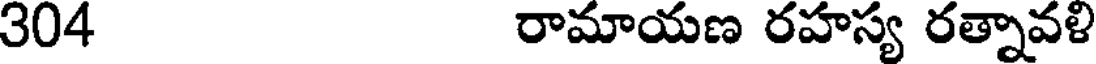
304 రామాయణ రహస్య రత్నావళి